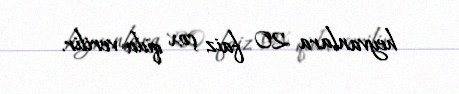
heyvanlara 20 faiz çox qida verilir.